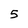
Character: 5